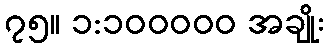
၇၅။ ၁:၁၀၀၀၀၀ အချိုး